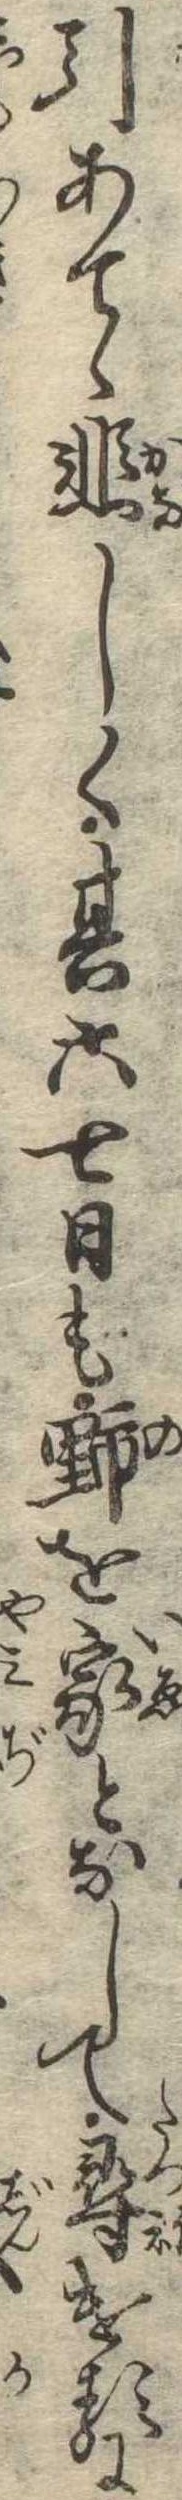
引あてゝ悲しく其六七日も野を家となして尋けるに